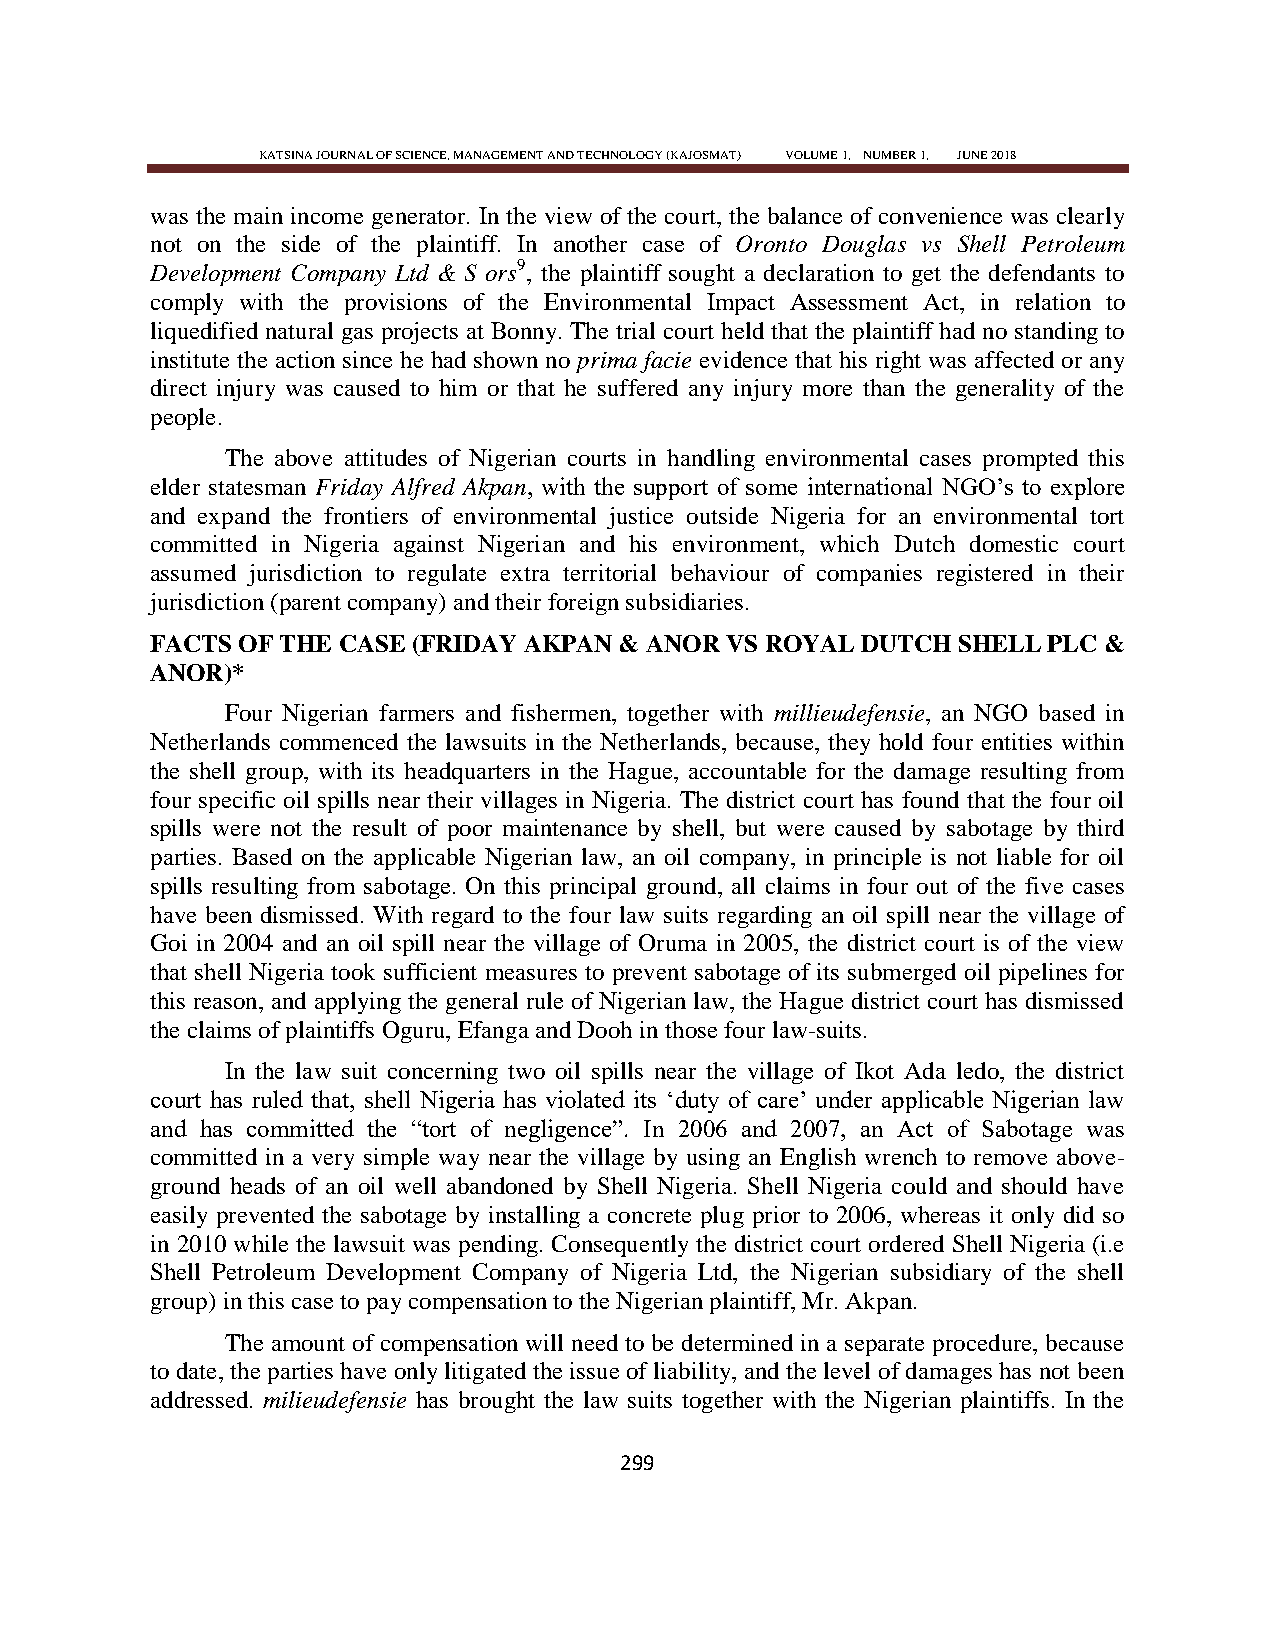
KATSINA JOURNAL OF SCIENCE, MANAGEMENT AND TECHNOLOGY (KAJOSMAT) VOLUME 1, NUMBER 1, JUNE 2018
 was the main income generator. In the view of the court, the balance of convenience was clearly
 not on the side of the plaintiff. In another case of Oronto Douglas vs Shell Petroleum
 Development Company Ltd & S ors9, the plaintiff sought a declaration to get the defendants to
 comply with the provisions of the Environmental Impact Assessment Act, in relation to
 liquedified natural gas projects at Bonny. The trial court held that the plaintiff had no standing to
 institute the action since he had shown no prima facie evidence that his right was affected or any
 direct injury was caused to him or that he suffered any injury more than the generality of the
 people.
 The above attitudes of Nigerian courts in handling environmental cases prompted this
 elder statesman Friday Alfred Akpan, with the support of some international NGO‘s to explore
 and expand the frontiers of environmental justice outside Nigeria for an environmental tort
 committed in Nigeria against Nigerian and his environment, which Dutch domestic court
 assumed jurisdiction to regulate extra territorial behaviour of companies registered in their
 jurisdiction (parent company) and their foreign subsidiaries.
 FACTS OF THE CASE (FRIDAY AKPAN & ANOR VS ROYAL DUTCH SHELL PLC &
 ANOR)*
 Four Nigerian farmers and fishermen, together with millieudefensie, an NGO based in
 Netherlands commenced the lawsuits in the Netherlands, because, they hold four entities within
 the shell group, with its headquarters in the Hague, accountable for the damage resulting from
 four specific oil spills near their villages in Nigeria. The district court has found that the four oil
 spills were not the result of poor maintenance by shell, but were caused by sabotage by third
 parties. Based on the applicable Nigerian law, an oil company, in principle is not liable for oil
 spills resulting from sabotage. On this principal ground, all claims in four out of the five cases
 have been dismissed. With regard to the four law suits regarding an oil spill near the village of
 Goi in 2004 and an oil spill near the village of Oruma in 2005, the district court is of the view
 that shell Nigeria took sufficient measures to prevent sabotage of its submerged oil pipelines for
 this reason, and applying the general rule of Nigerian law, the Hague district court has dismissed
 the claims of plaintiffs Oguru, Efanga and Dooh in those four law-suits.
 In the law suit concerning two oil spills near the village of Ikot Ada ledo, the district
 court has ruled that, shell Nigeria has violated its ‗duty of care‘ under applicable Nigerian law
 and has committed the ―tort of negligence‖. In 2006 and 2007, an Act of Sabotage was
 committed in a very simple way near the village by using an English wrench to remove above-
 ground heads of an oil well abandoned by Shell Nigeria. Shell Nigeria could and should have
 easily prevented the sabotage by installing a concrete plug prior to 2006, whereas it only did so
 in 2010 while the lawsuit was pending. Consequently the district court ordered Shell Nigeria (i.e
 Shell Petroleum Development Company of Nigeria Ltd, the Nigerian subsidiary of the shell
 group) in this case to pay compensation to the Nigerian plaintiff, Mr. Akpan.
 The amount of compensation will need to be determined in a separate procedure, because
 to date, the parties have only litigated the issue of liability, and the level of damages has not been
 addressed. milieudefensie has brought the law suits together with the Nigerian plaintiffs. In the
 299